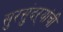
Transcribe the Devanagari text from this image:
सुरसुंदऱ्यांची